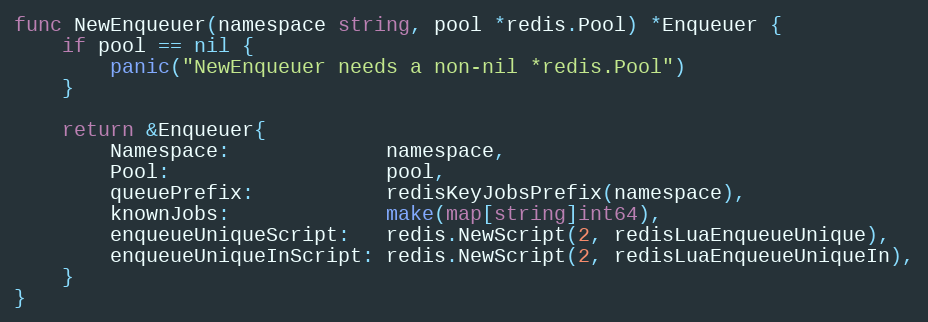
Language: Go
func NewEnqueuer(namespace string, pool *redis.Pool) *Enqueuer {
	if pool == nil {
		panic("NewEnqueuer needs a non-nil *redis.Pool")
	}

	return &Enqueuer{
		Namespace:             namespace,
		Pool:                  pool,
		queuePrefix:           redisKeyJobsPrefix(namespace),
		knownJobs:             make(map[string]int64),
		enqueueUniqueScript:   redis.NewScript(2, redisLuaEnqueueUnique),
		enqueueUniqueInScript: redis.NewScript(2, redisLuaEnqueueUniqueIn),
	}
}